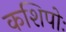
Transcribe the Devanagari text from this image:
कशिपोः